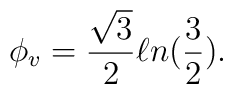
\phi_{v} = \frac{\sqrt 3}{2}\ell n({\frac 32}).